Note on the mental hospitals in Burma - 1925-1940
Year: 1925
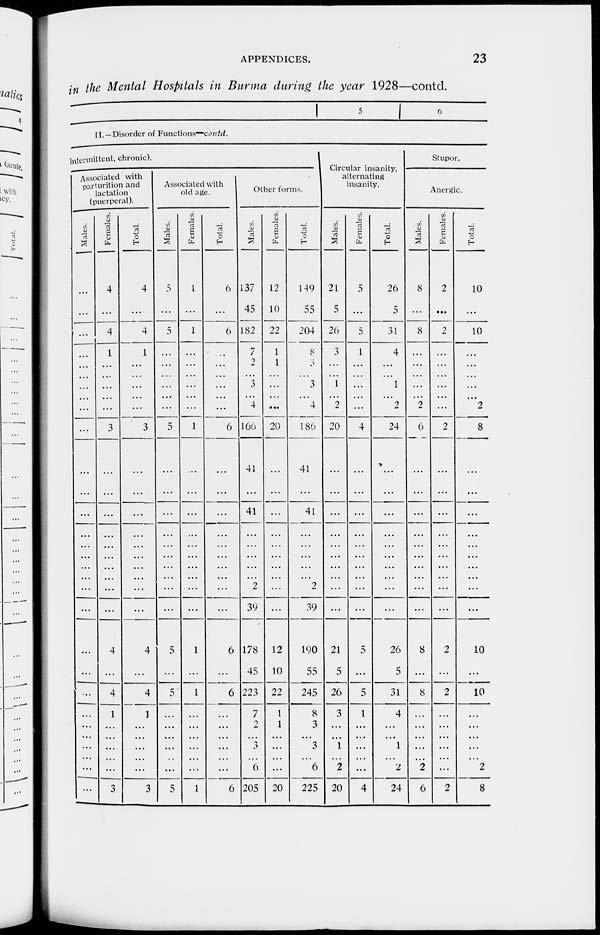
APPENDICES.
23
in the Mental Hospitals in Burma during the year 1928—contd.
1
5
6
II. —Disorder of Functions—contd.
intermittent, chronic).
Associated with
parturition and
lactation
(puerperal).
Males.
...
...
...
...
...
...
...
...
...
...
...
...
...
...
...
...
...
...
...
...
...
...
...
...
...
...
...
...
...
...
Females.
4
...
4
1
...
...
...
...
...
3
...
...
...
...
...
...
...
...
...
...
4
...
4
1
...
...
...
...
...
3
Total.
4
...
4
1
...
...
...
...
...
3
...
...
...
...
...
...
...
...
...
...
4
...
4
1
...
...
...
...
...
3
Associated with
old age.
Males.
5
...
5
...
...
...
...
...
...
5
...
...
...
...
...
...
...
...
...
...
5
...
5
...
...
...
...
...
...
5
Females.
1
...
1
...
...
...
...
...
...
1
...
...
...
...
...
...
...
...
...
...
1
...
1
...
...
...
...
...
...
1
Total.
6
...
6
...
...
...
...
...
...
6
...
...
...
...
...
...
...
...
...
...
6
...
6
...
...
...
...
...
...
6
Other forms.
Males.
137
45
182
7
2
...
3
...
4
166
41
...
41
...
...
...
...
...
2
39
178
45
223
7
2
...
3
...
6
205
Females.
12
10
22
1
1
...
...
...
...
20
...
...
...
...
...
...
...
...
...
...
12
10
22
1
1
...
...
...
...
20
Total.
149
55
204
8
3
...
3
...
4
186
41
...
41
...
...
...
...
...
2
39
190
55
245
8
3
...
3
...
6
225
Circular insanity,
alternating
insanity.
Males.
21
5
26
3
...
...
1
...
2
20
...
...
...
...
...
...
...
...
...
...
21
5
26
3
...
...
1
...
2
20
Females.
5
...
...
1
...
...
...
...
...
4
...
...
...
...
...
...
...
...
...
...
5
...
5
1
...
...
...
...
...
4
Total.
26
5
31
4
...
...
1
...
2
24
...
...
...
...
...
...
...
...
...
...
26
5
31
4
...
...
1
...
2
24
Stupor.
Anergic.
Males.
8
...
8
...
...
...
...
...
2
6
...
...
...
...
...
...
...
...
...
...
8
...
8
...
...
...
...
...
2
6
Females.
2
...
2
...
...
...
...
...
...
2
...
...
...
...
...
...
...
...
...
...
2
...
2
...
...
...
...
...
...
2
Total.
10
...
10
...
...
...
...
...
2
8
...
...
...
...
...
...
...
...
...
...
10
...
10
...
...
...
...
...
2
8